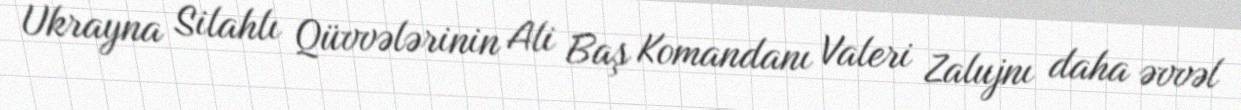
Ukrayna Silahlı Qüvvələrinin Ali Baş Komandanı Valeri Zalujnı daha əvvəl